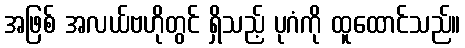
အဖြစ် အလယ်ဗဟိုတွင် ရှိသည့် ပုဂံကို ထူထောင်သည်။